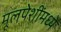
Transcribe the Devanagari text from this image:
मूलपेशींमध्ये